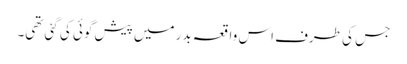
جس کی طرف اس واقعہ بدر میں پیش گوئی کی گئی تھی۔